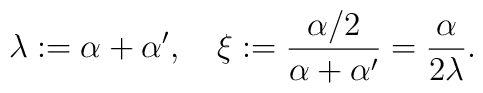
\lambda :=\alpha+\alpha' , \quad  \xi :={\alpha/2 \over \alpha+\alpha'} ={\alpha \over 2\lambda}.